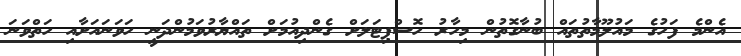
އެންމެ ފަހުގެ މައުލޫމާތުތައް ބުނާގޮތުން މިހާރު ހޮސްޕިޓަލަށް ގެންދިއުމަށް ތައްޔާރުވަމުންދަނީ ހަވަނައަށާއި ހަތްވަނަ